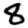
Digit: 8